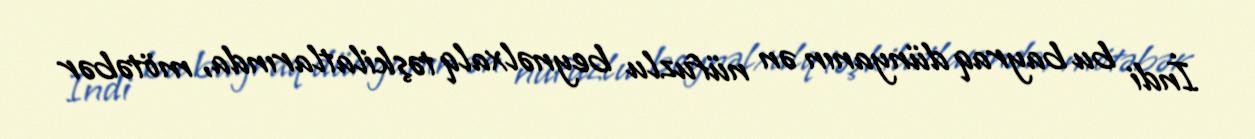
İndi bu bayraq dünyanın ən nüfuzlu beynəlxalq təşkilatlarında, mötəbər